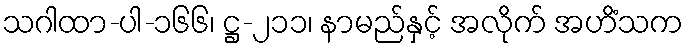
သဂါထာ-ပါ-၁၆၆၊ ဋ္ဌ-၂၁၁၊ နာမည်နှင့် အလိုက် အဟိံသက